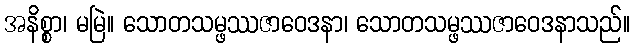
အနိစ္စာ၊ မမြဲ။ သောတသမ္ဖဿဇာဝေဒနာ၊ သောတသမ္ဖဿဇာဝေဒနာသည်။